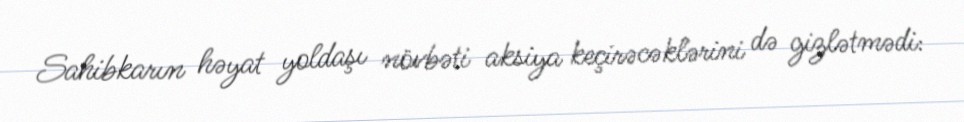
Sahibkarın həyat yoldaşı növbəti aksiya keçirəcəklərini də gizlətmədi: